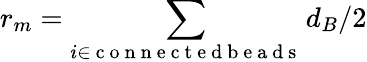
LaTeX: r_{m}=\sum_{i\in\mathrm{~c~o~n~n~e~c~t~e~d~b~e~a~d~s~}}d_{B}/2